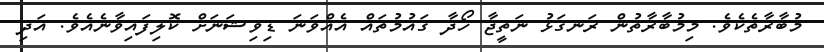
މުބާރާތެކެވެ. މިމުބާރާތުން ރަނގަޅު ނަތީޖާ ހޯދާ ޤައުމުތައް އެއްވަނަ ޑިވިޝަނަށް ކޮލިފައިވާނެއެވެ. އަދި